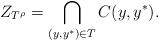
LaTeX: \begin{align*} Z_{T^\rho}= \bigcap_{(y,y^*)\in T}C(y,y^*).\end{align*}